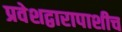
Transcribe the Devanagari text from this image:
प्रवेशद्वारापाशीच